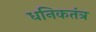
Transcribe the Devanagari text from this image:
धनिकतंत्र